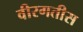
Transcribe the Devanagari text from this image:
वीरगतीस